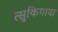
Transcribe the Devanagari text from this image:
त्सुकिगावा